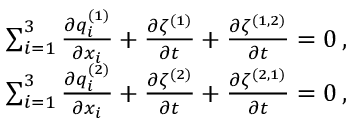
\begin{array} { r } { \sum _ { i = 1 } ^ { 3 } \frac { \partial { q _ { i } ^ { ( 1 ) } } } { \partial { x _ { i } } } + \frac { \partial { \zeta ^ { ( 1 ) } } } { \partial { t } } + \frac { \partial { \zeta ^ { ( 1 , 2 ) } } } { \partial { t } } = 0 \, , } \\ { \sum _ { i = 1 } ^ { 3 } \frac { \partial { q _ { i } ^ { ( 2 ) } } } { \partial { x _ { i } } } + \frac { \partial { \zeta ^ { ( 2 ) } } } { \partial { t } } + \frac { \partial { \zeta ^ { ( 2 , 1 ) } } } { \partial { t } } = 0 \, , } \end{array}